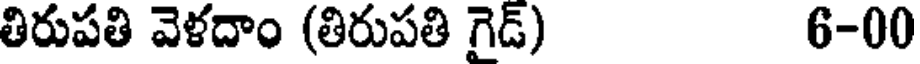
తిరుపతి వెళదాం (తిరుపతి గైడ్) 6-00